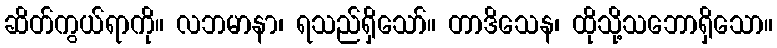
ဆိတ်ကွယ်ရာကို။ လဘမာနာ၊ ရသည်ရှိသော်။ တာဒိသေန၊ ထိုသို့သဘောရှိသော။